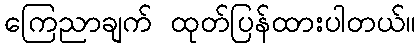
ကြေညာချက် ထုတ်ပြန်ထားပါတယ်။